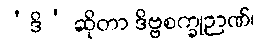
‘ဒိ’ ဆိုတာ ဒိဗ္ဗစက္ခုဉာဏ်၊